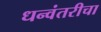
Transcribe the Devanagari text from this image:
धन्वंतरीचा